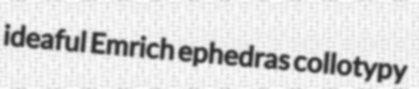
ideaful Emrich ephedras collotypy